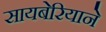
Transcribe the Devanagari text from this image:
सायबेरियाने